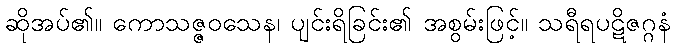
ဆိုအပ်၏။ ကောသဇ္ဇဝသေန၊ ပျင်းရိခြင်း၏ အစွမ်းဖြင့်။ သရီရပဋိဇဂ္ဂနံ